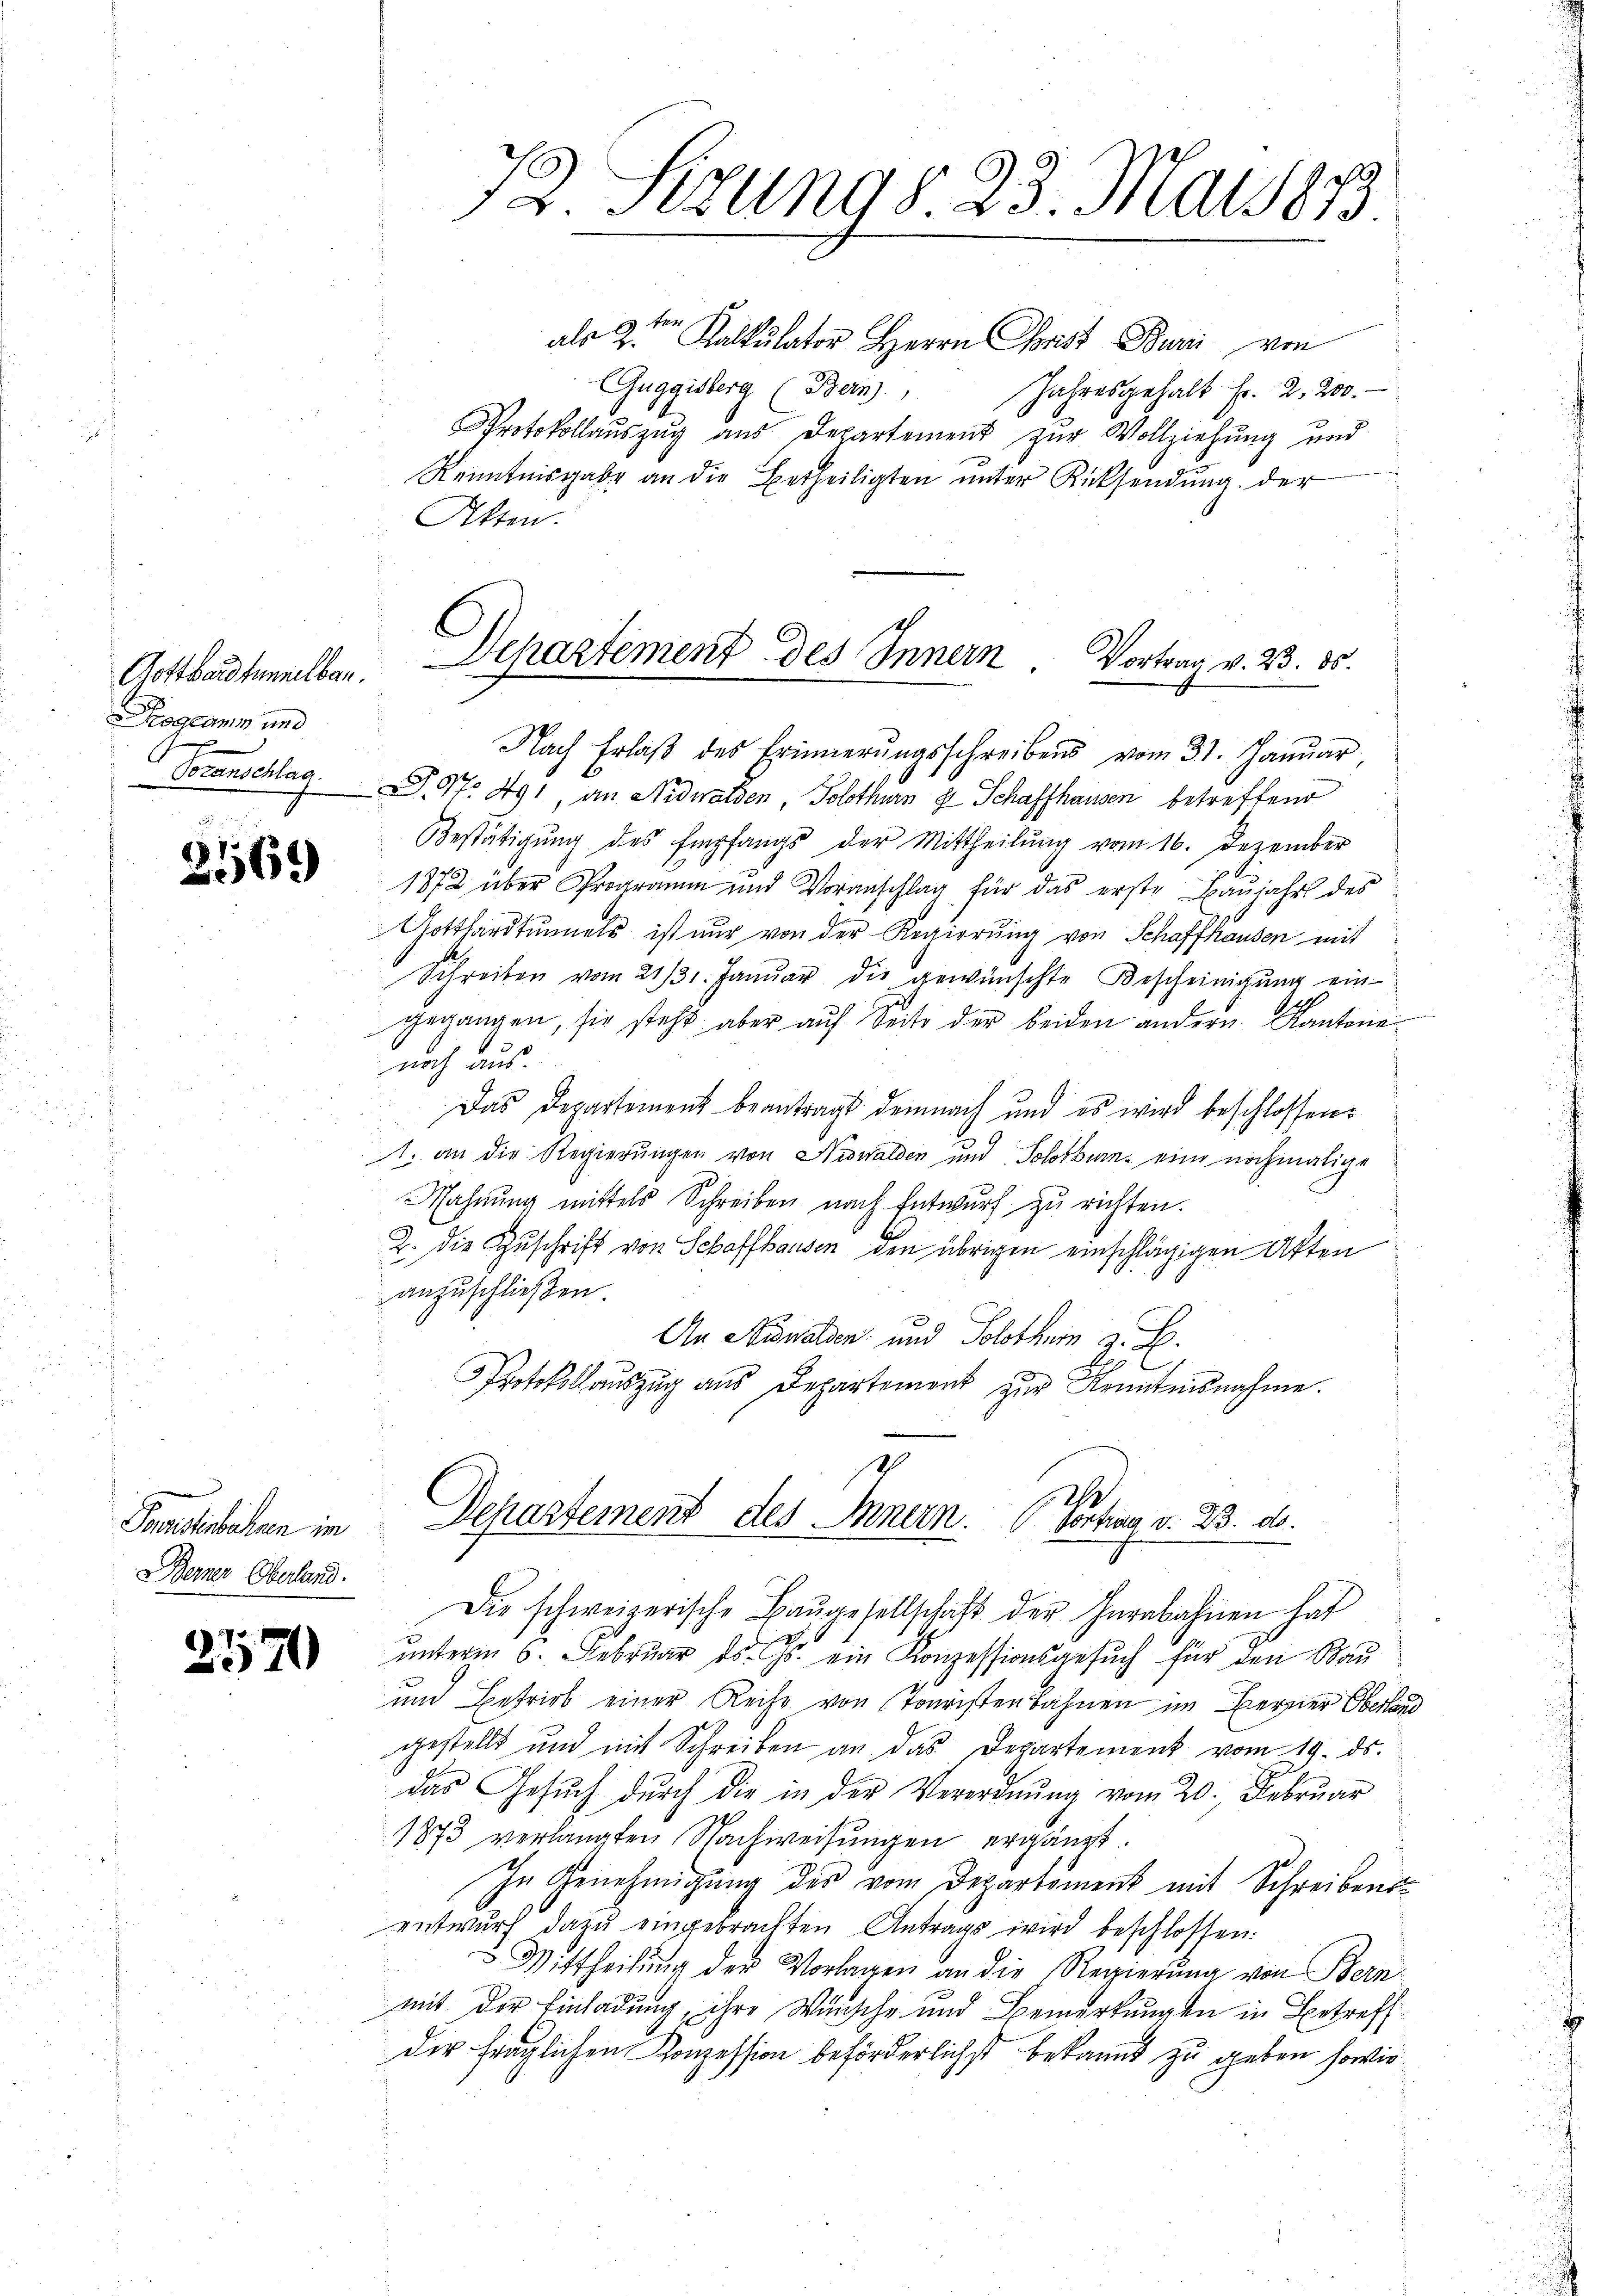
Gotthardtunnelbar.
Programm und

3569

e
Souristinbahnen im
Berner Oberland.

2570

als 2ten Kalkulator Herrn Christ Buri von
Guggisberg (Bern.
Jahresgehalt Fr. 2. 200.
Protokollauszug aus Departement zur Vollziehung und
Kenntnisgabe an die Betheiligten unter Rücksendung der
Akten.
Departement des Innern Vortrag v. 23. 85.

12. Rezung d. 23. Mai 1873.

Nach Erlaβ des Erinnerungsschreibens vom 31. Januar
Voranschlag. P. Nr. 491, an Nidwalden, Solothurn 8 Schaffhausen betreffend
Bestätigung des Empfangs der Mittheilŭng vom 16. Dezember
1872 über Programm und Voranschlag für das erste Baŭjahrs des
Gotthardtunnels ist nur von der Regierung von Schaffhausen mit
Schreiben vom 21/31. Januar die gewünschte Bescheinigung ein-
gegangen, sie steht aber aŭf Seite der beiden andern Kantone
noch aus.
Das Departement beantragt demnach und es wird beschlossen:
A. an die Regierungen von Nidwalden und Solothurn, eine nochmalige
Mahnung mittels Schreiben nach Entwurf zu richten.
2. die Zuschrift von Schaffhausen den übrigen einschlägigen Akten
anzuschließen.
An Nidwalden und Solothurn z. B.
Protokollauszug aus Departement zur Kenntnisnahme.

Departement des Innern. Vortrag v. 23. ds.
Die schweizerische Baŭgesellschaft der Herabahnen hat

x
unterm 6. Februar ds. Js. ein Konzessionsgesŭch für den Bau
und Betrieb einer Reihe von Touristenbahnen im Berner Oberland
gestellt und mit Schreiben an das Departement vom 14. ds.
das Gesŭch durch die in der Verordnŭng vom 20. Februar
1873 verlangten Nachweisungen ergänzt.
In Genehmigung des vom Departement mit Schreibens
entwurf dazu eingebrachten Antrags wird beschlossen:
s
Mittheilung der Vorlagen an die Regierung von Bern
mit der Einladung, ihre Wünsche und Bemerkungen in Betreff
der fraglichen Konzession beförderlichst bekannt zu geben sowie